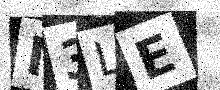
Text: M3LE